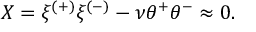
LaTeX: { \cal X } = \xi ^ { ( + ) } \xi ^ { ( - ) } - \nu \theta ^ { + } \theta ^ { - } \approx 0 .